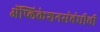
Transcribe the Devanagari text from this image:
ॲप्लिकेशनसंबंधीची